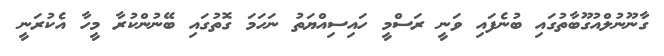
ގާނޫނުލްއުގޫބާތުގައި ބުނެފައި ވަނީ ރަސްމީ ހައިސިއްޔަތު ނަހަމަ ގޮތުގައި ބޭނުންކުރާ މީހާ އެކުރަނީ